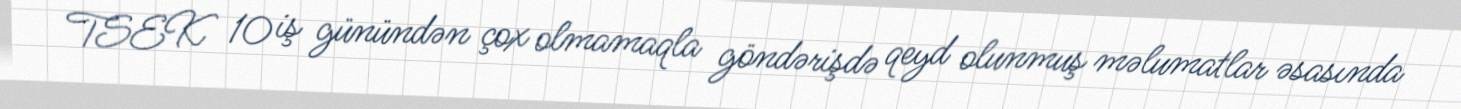
TSEK 10 iş günündən çox olmamaqla göndərişdə qeyd olunmuş məlumatlar əsasında